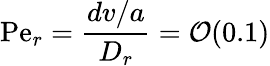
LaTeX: \mathrm{Pe}_{r}=\frac{dv/a}{D_{r}}=\mathcal{O}(0.1)